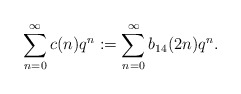
\begin{align*}\sum_{n=0}^{\infty}c(n)q^n:=\sum_{n=0}^{\infty}b_{14}(2n)q^n.\end{align*}